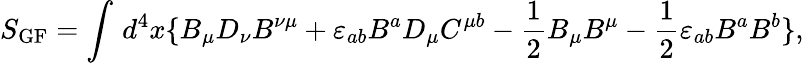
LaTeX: S_{\mathrm{GF}}=\int\, d^{4}x\{ B_{\mu}D_{\nu}B^{\nu\mu}+\varepsilon_{ab}B^{a}D_{\mu}C^{\mu b}-\frac{1}{2}B_{\mu}B^{\mu}-\frac{1}{2}\varepsilon_{ab}B^{a}B^{b}\} ,